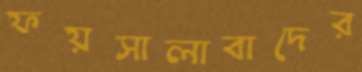
ফয়সালাবাদের